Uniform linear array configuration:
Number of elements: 16
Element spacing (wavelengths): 1
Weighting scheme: blackman
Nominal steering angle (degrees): -45
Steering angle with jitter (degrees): -45.644
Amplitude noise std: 0.05
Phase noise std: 0.05

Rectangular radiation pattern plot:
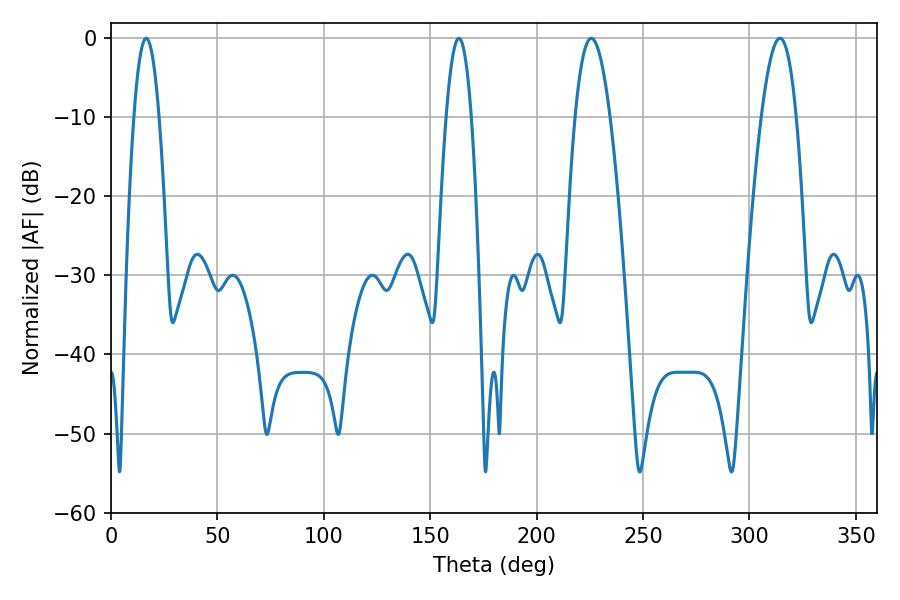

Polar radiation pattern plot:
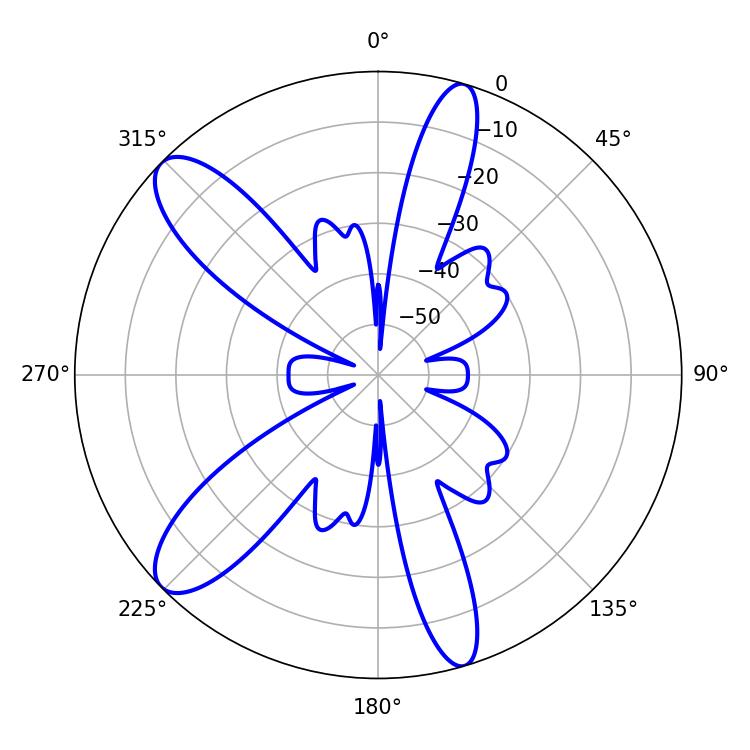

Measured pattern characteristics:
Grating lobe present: TRUE
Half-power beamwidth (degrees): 6.48
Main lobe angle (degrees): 16.56